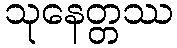
သုနေတ္တဿ